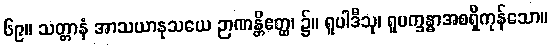
၆၉။ သတ္တာနံ အာသယာနုသယေ ဉာဏန္တိဧတ္ထ၊ ၌။ ရူပါဒီသု၊ ရူပက္ခန္ဓာအစရှိကုန်သော။